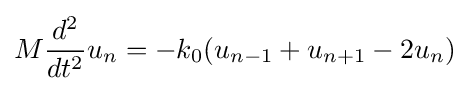
M{\frac {d^{2}}{dt^{2}}}u_{n}=-k_{0}(u_{n-1}+u_{n+1}-2u_{n})